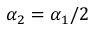
\alpha _ { 2 } = \alpha _ { 1 } / 2